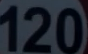
120